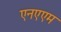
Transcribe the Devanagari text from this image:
एनएएम